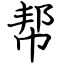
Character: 帮